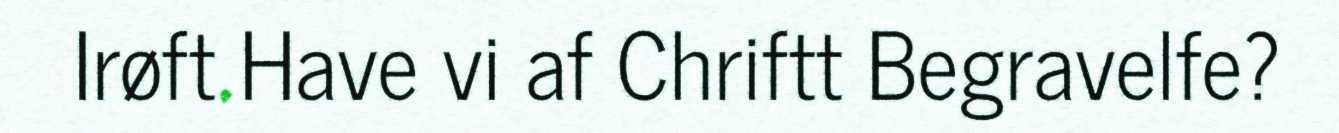
Irøft Have vi af Chriftt Begravelfe?